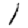
Digit: 1